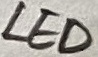
Text: LED